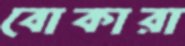
বোকারা